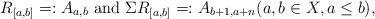
LaTeX: \begin{align*} R_{[a,b]} =: A_{a,b} \textrm{ and } \Sigma R_{[a,b]} =: A_{b+1,a+n} (a,b\in X, a\leq b),\end{align*}